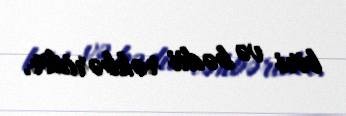
biri və bədii rəhbəridir.